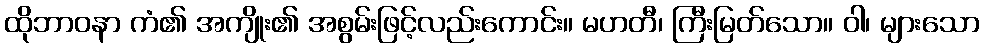
ထိုဘာဝနာ ကံ၏ အကျိုး၏ အစွမ်းဖြင့်လည်းကောင်း။ မဟတီ၊ ကြီးမြတ်သော။ ဝါ၊ များသော